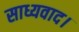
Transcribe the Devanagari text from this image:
साध्यवाद।